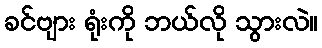
ခင်ဗျား ရုံးကို ဘယ်လို သွားလဲ။